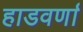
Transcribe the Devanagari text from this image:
हाडवर्णा